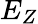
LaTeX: E_{Z}